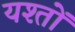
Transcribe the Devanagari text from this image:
यश्तों